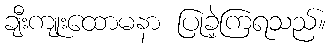
ချီးကျုးထောမနာ ပြုခဲ့ကြရသည်။